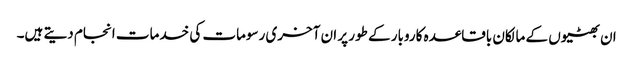
ان بھٹیوں کے مالکان باقاعدہ کاروبار کے طور پر ان آخری رسومات کی خدمات انجام دیتے ہیں۔